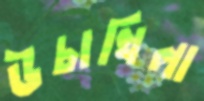
উচাখিলা